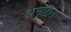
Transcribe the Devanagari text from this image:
अनुष्ठाने